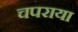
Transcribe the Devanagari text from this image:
चपराया